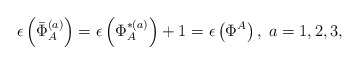
\begin{align*}\epsilon \left( \bar{\Phi}_{A}^{(a)}\right) =\epsilon \left( \Phi_{A}^{*(a)}\right) +1=\epsilon \left( \Phi ^{A}\right) ,\;a=1,2,3,\end{align*}